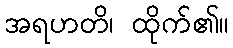
အရဟတိ၊ ထိုက်၏။